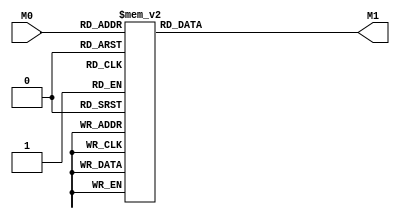
module layer0_N29 ( input [3:0] M0, output [1:0] M1 );

	(*rom_style = "distributed" *) reg [1:0] M1r;
	assign M1 = M1r;
	always @ (M0) begin
		case (M0)
			4'b0000: M1r = 2'b00;
			4'b1000: M1r = 2'b00;
			4'b0100: M1r = 2'b00;
			4'b1100: M1r = 2'b00;
			4'b0010: M1r = 2'b00;
			4'b1010: M1r = 2'b00;
			4'b0110: M1r = 2'b00;
			4'b1110: M1r = 2'b00;
			4'b0001: M1r = 2'b11;
			4'b1001: M1r = 2'b01;
			4'b0101: M1r = 2'b11;
			4'b1101: M1r = 2'b01;
			4'b0011: M1r = 2'b11;
			4'b1011: M1r = 2'b01;
			4'b0111: M1r = 2'b11;
			4'b1111: M1r = 2'b01;

		endcase
	end
endmodule